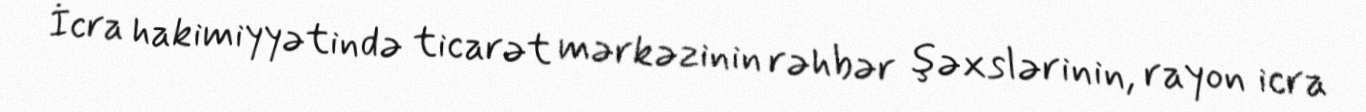
İcra hakimiyyətində ticarət mərkəzinin rəhbər şəxslərinin, rayon icra